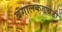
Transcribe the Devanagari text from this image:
बंगालकडचेही